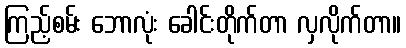
ကြည့်စမ်း ဘောလုံး ခေါင်းတိုက်တာ လှလိုက်တာ။